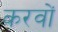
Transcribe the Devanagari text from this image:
करवों